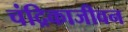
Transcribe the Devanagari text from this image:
चंद्रिकाजीवन